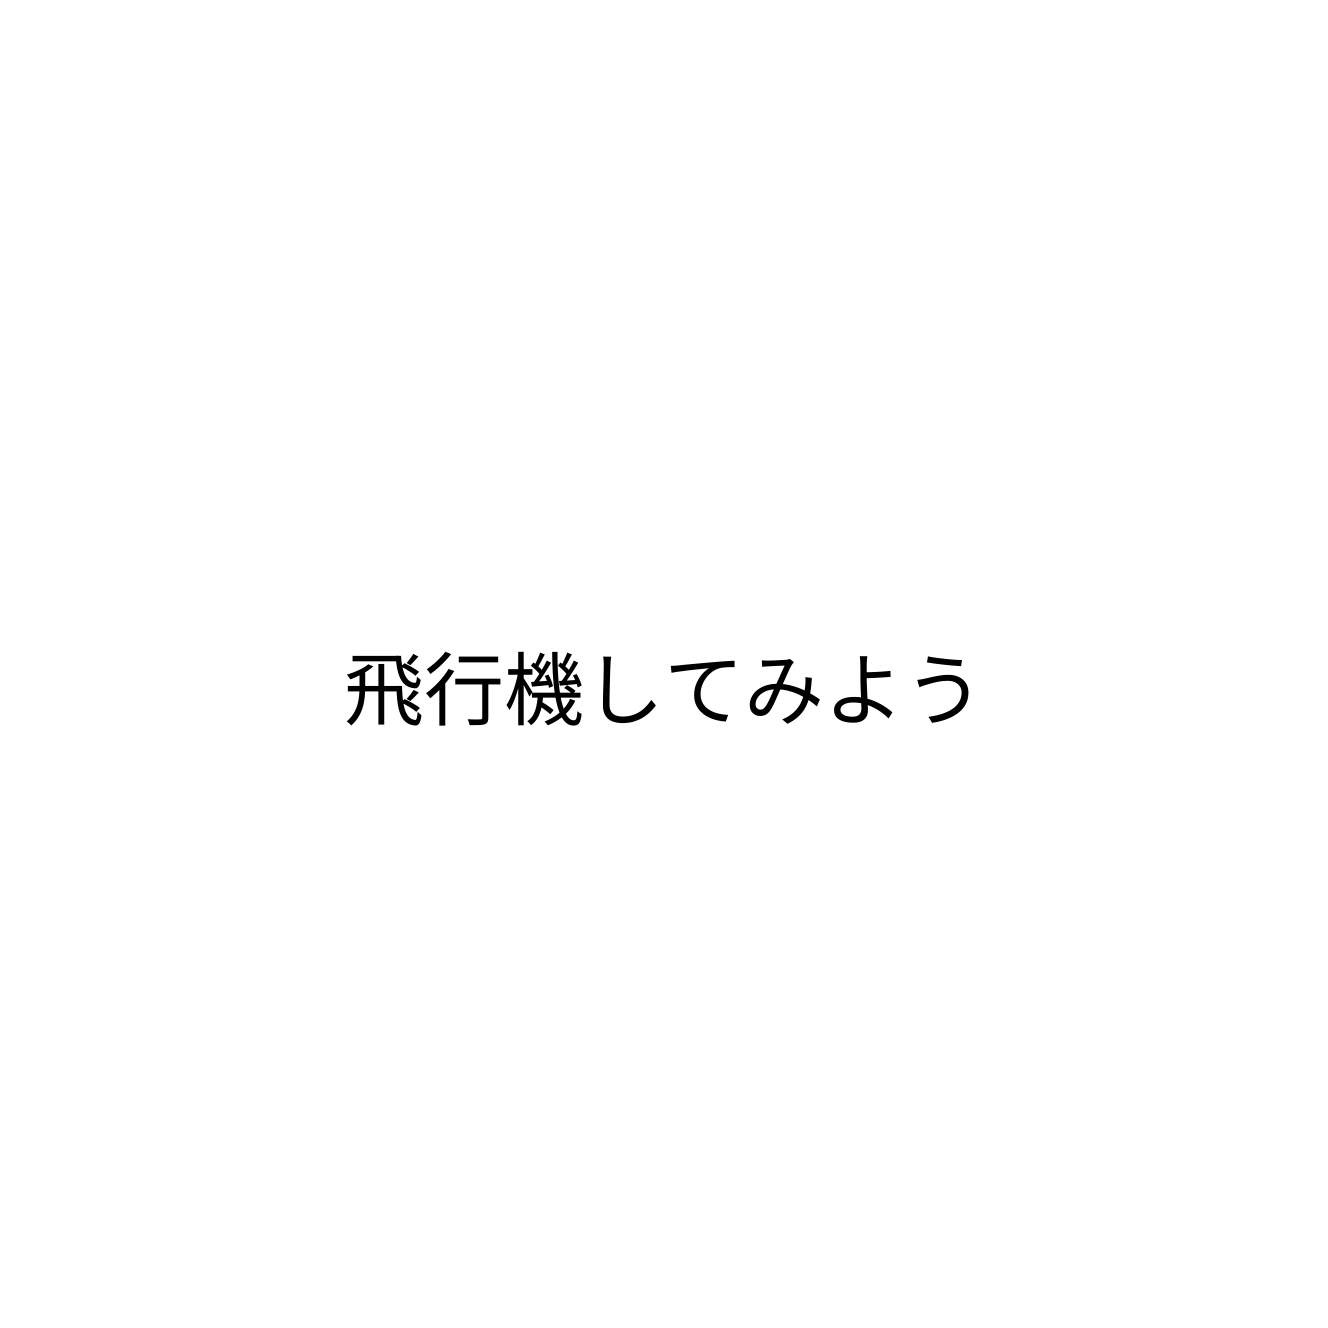
飛行機してみよう